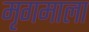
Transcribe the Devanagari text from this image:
मृगमाला